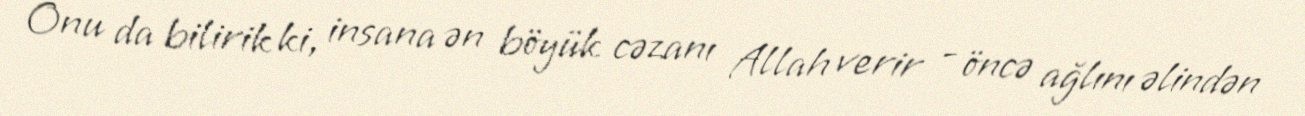
Onu da bilirik ki, insana ən böyük cəzanı Allah verir - öncə ağlını əlindən